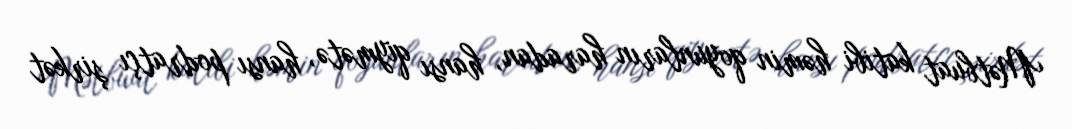
Mətbuat katibi həmin qoyunların haradan, hansı qiymətə, hansı podratçı şirkət